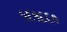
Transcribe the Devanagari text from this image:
५६१६६०